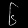
Digit: ၆